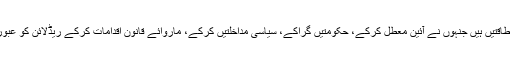
یہاں کچھ طاقتیں ہیں جنہوں نے آئین معطل کرکے، حکومتیں گراکے، سیاسی مداخلتیں کرکے، ماروائے قانون اقدامات کرکے ریڈلائن کو عبور کیا ہے۔